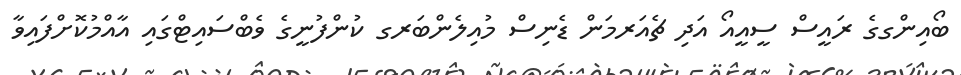
ބޯއިންގގެ ރައީސް ސީއީއޯ އަދި ޗެއަރމަން ޑެނިސް މުއިލެންބަރގ ކުންފުނީގެ ވެބްސައިޓްގައި އާއްމުކޮށްފައިވާ